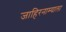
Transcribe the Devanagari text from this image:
जाहिरनाम्याला